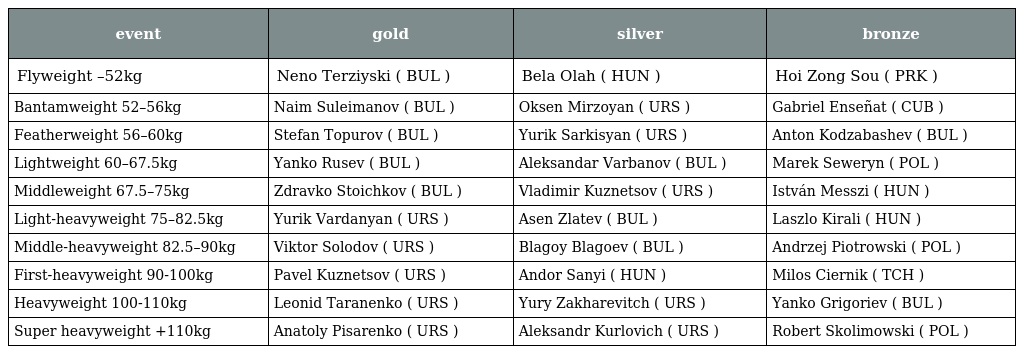
| event | gold | silver | bronze |
 | --- | --- | --- | --- |
 | Flyweight –52kg | Neno Terziyski ( BUL ) | Bela Olah ( HUN ) | Hoi Zong Sou ( PRK ) |
 | Bantamweight 52–56kg | Naim Suleimanov ( BUL ) | Oksen Mirzoyan ( URS ) | Gabriel Enseñat ( CUB ) |
 | Featherweight 56–60kg | Stefan Topurov ( BUL ) | Yurik Sarkisyan ( URS ) | Anton Kodzabashev ( BUL ) |
 | Lightweight 60–67.5kg | Yanko Rusev ( BUL ) | Aleksandar Varbanov ( BUL ) | Marek Seweryn ( POL ) |
 | Middleweight 67.5–75kg | Zdravko Stoichkov ( BUL ) | Vladimir Kuznetsov ( URS ) | István Messzi ( HUN ) |
 | Light-heavyweight 75–82.5kg | Yurik Vardanyan ( URS ) | Asen Zlatev ( BUL ) | Laszlo Kirali ( HUN ) |
 | Middle-heavyweight 82.5–90kg | Viktor Solodov ( URS ) | Blagoy Blagoev ( BUL ) | Andrzej Piotrowski ( POL ) |
 | First-heavyweight 90-100kg | Pavel Kuznetsov ( URS ) | Andor Sanyi ( HUN ) | Milos Ciernik ( TCH ) |
 | Heavyweight 100-110kg | Leonid Taranenko ( URS ) | Yury Zakharevitch ( URS ) | Yanko Grigoriev ( BUL ) |
 | Super heavyweight +110kg | Anatoly Pisarenko ( URS ) | Aleksandr Kurlovich ( URS ) | Robert Skolimowski ( POL ) |